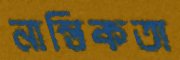
নাস্তিকতা